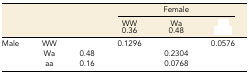
<table><thead><tr><td>[EMPTY_CELL]</td><td>[EMPTY_CELL]</td><td>[EMPTY_CELL]</td><td colspan="3"><b>Female</b></td></tr><tr><td>[EMPTY_CELL]</td><td>[EMPTY_CELL]</td><td>[EMPTY_CELL]</td><td><b>WW</b></td><td><b>Wa</b></td><td>[EMPTY_CELL]</td></tr><tr><td>[EMPTY_CELL]</td><td>[EMPTY_CELL]</td><td>[EMPTY_CELL]</td><td><b>0.36</b></td><td><b>0.48</b></td><td>[EMPTY_CELL]</td></tr></thead><tbody><tr><td rowspan="3">Male</td><td>WW</td><td>[EMPTY_CELL]</td><td>0.1296</td><td>[EMPTY_CELL]</td><td>0.0576</td></tr><tr><td>Wa</td><td>0.48</td><td>[EMPTY_CELL]</td><td>0.2304</td><td>[EMPTY_CELL]</td></tr><tr><td>aa</td><td>0.16</td><td>[EMPTY_CELL]</td><td>0.0768</td><td>[EMPTY_CELL]</td></tr></tbody></table>